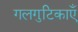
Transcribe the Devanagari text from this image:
गलगुटिकाएँ